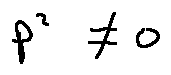
p ^ { 2 } \neq 0